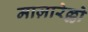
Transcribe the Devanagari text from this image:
माज़ारेल्लो